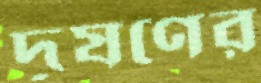
দূষণের